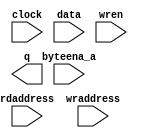
// megafunction wizard: %RAM: 2-PORT%VBB%
// GENERATION: STANDARD
// VERSION: WM1.0
// MODULE: altsyncram 

// ============================================================
// Megafunction Name(s):
// 			altsyncram
//
// Simulation Library Files(s):
// 			altera_mf
// ============================================================
// ************************************************************
// THIS IS A WIZARD-GENERATED FILE. DO NOT EDIT THIS FILE!
//
// 10.1 Build 153 11/29/2010 SJ Full Version
// ************************************************************

//Copyright (C) 1991-2010 Altera Corporation
//Your use of Altera Corporation's design tools, logic functions 
//and other software and tools, and its AMPP partner logic 
//functions, and any output files from any of the foregoing 
//(including device programming or simulation files), and any 
//associated documentation or information are expressly subject 
//to the terms and conditions of the Altera Program License 
//Subscription Agreement, Altera MegaCore Function License 
//Agreement, or other applicable license agreement, including, 
//without limitation, that your use is for the sole purpose of 
//programming logic devices manufactured by Altera and sold by 
//Altera or its authorized distributors.  Please refer to the 
//applicable agreement for further details.

module mem (
	byteena_a,
	clock,
	data,
	rdaddress,
	wraddress,
	wren,
	q);

	input	[3:0]  byteena_a;
	input	  clock;
	input	[35:0]  data;
	input	[9:0]  rdaddress;
	input	[9:0]  wraddress;
	input	  wren;
	output	[35:0]  q;
`ifndef ALTERA_RESERVED_QIS
// synopsys translate_off
`endif
	tri1	[3:0]  byteena_a;
	tri1	  clock;
	tri0	  wren;
`ifndef ALTERA_RESERVED_QIS
// synopsys translate_on
`endif

endmodule

// ============================================================
// CNX file retrieval info
// ============================================================
// Retrieval info: PRIVATE: ADDRESSSTALL_A NUMERIC "0"
// Retrieval info: PRIVATE: ADDRESSSTALL_B NUMERIC "0"
// Retrieval info: PRIVATE: BYTEENA_ACLR_A NUMERIC "0"
// Retrieval info: PRIVATE: BYTEENA_ACLR_B NUMERIC "0"
// Retrieval info: PRIVATE: BYTE_ENABLE_A NUMERIC "1"
// Retrieval info: PRIVATE: BYTE_ENABLE_B NUMERIC "0"
// Retrieval info: PRIVATE: BYTE_SIZE NUMERIC "9"
// Retrieval info: PRIVATE: BlankMemory NUMERIC "0"
// Retrieval info: PRIVATE: CLOCK_ENABLE_INPUT_A NUMERIC "0"
// Retrieval info: PRIVATE: CLOCK_ENABLE_INPUT_B NUMERIC "0"
// Retrieval info: PRIVATE: CLOCK_ENABLE_OUTPUT_A NUMERIC "0"
// Retrieval info: PRIVATE: CLOCK_ENABLE_OUTPUT_B NUMERIC "0"
// Retrieval info: PRIVATE: CLRdata NUMERIC "0"
// Retrieval info: PRIVATE: CLRq NUMERIC "0"
// Retrieval info: PRIVATE: CLRrdaddress NUMERIC "0"
// Retrieval info: PRIVATE: CLRrren NUMERIC "0"
// Retrieval info: PRIVATE: CLRwraddress NUMERIC "0"
// Retrieval info: PRIVATE: CLRwren NUMERIC "0"
// Retrieval info: PRIVATE: Clock NUMERIC "0"
// Retrieval info: PRIVATE: Clock_A NUMERIC "0"
// Retrieval info: PRIVATE: Clock_B NUMERIC "0"
// Retrieval info: PRIVATE: ECC NUMERIC "0"
// Retrieval info: PRIVATE: IMPLEMENT_IN_LES NUMERIC "0"
// Retrieval info: PRIVATE: INDATA_ACLR_B NUMERIC "0"
// Retrieval info: PRIVATE: INDATA_REG_B NUMERIC "0"
// Retrieval info: PRIVATE: INIT_FILE_LAYOUT STRING "PORT_B"
// Retrieval info: PRIVATE: INIT_TO_SIM_X NUMERIC "0"
// Retrieval info: PRIVATE: INTENDED_DEVICE_FAMILY STRING "Stratix IV"
// Retrieval info: PRIVATE: JTAG_ENABLED NUMERIC "0"
// Retrieval info: PRIVATE: JTAG_ID STRING "NONE"
// Retrieval info: PRIVATE: MAXIMUM_DEPTH NUMERIC "0"
// Retrieval info: PRIVATE: MEMSIZE NUMERIC "36864"
// Retrieval info: PRIVATE: MEM_IN_BITS NUMERIC "0"
// Retrieval info: PRIVATE: MIFfilename STRING "mem.mif"
// Retrieval info: PRIVATE: OPERATION_MODE NUMERIC "2"
// Retrieval info: PRIVATE: OUTDATA_ACLR_B NUMERIC "0"
// Retrieval info: PRIVATE: OUTDATA_REG_B NUMERIC "0"
// Retrieval info: PRIVATE: RAM_BLOCK_TYPE NUMERIC "2"
// Retrieval info: PRIVATE: READ_DURING_WRITE_MODE_MIXED_PORTS NUMERIC "2"
// Retrieval info: PRIVATE: READ_DURING_WRITE_MODE_PORT_A NUMERIC "1"
// Retrieval info: PRIVATE: READ_DURING_WRITE_MODE_PORT_B NUMERIC "3"
// Retrieval info: PRIVATE: REGdata NUMERIC "1"
// Retrieval info: PRIVATE: REGq NUMERIC "0"
// Retrieval info: PRIVATE: REGrdaddress NUMERIC "1"
// Retrieval info: PRIVATE: REGrren NUMERIC "1"
// Retrieval info: PRIVATE: REGwraddress NUMERIC "1"
// Retrieval info: PRIVATE: REGwren NUMERIC "1"
// Retrieval info: PRIVATE: SYNTH_WRAPPER_GEN_POSTFIX STRING "0"
// Retrieval info: PRIVATE: USE_DIFF_CLKEN NUMERIC "0"
// Retrieval info: PRIVATE: UseDPRAM NUMERIC "1"
// Retrieval info: PRIVATE: VarWidth NUMERIC "0"
// Retrieval info: PRIVATE: WIDTH_READ_A NUMERIC "36"
// Retrieval info: PRIVATE: WIDTH_READ_B NUMERIC "36"
// Retrieval info: PRIVATE: WIDTH_WRITE_A NUMERIC "36"
// Retrieval info: PRIVATE: WIDTH_WRITE_B NUMERIC "36"
// Retrieval info: PRIVATE: WRADDR_ACLR_B NUMERIC "0"
// Retrieval info: PRIVATE: WRADDR_REG_B NUMERIC "0"
// Retrieval info: PRIVATE: WRCTRL_ACLR_B NUMERIC "0"
// Retrieval info: PRIVATE: enable NUMERIC "0"
// Retrieval info: PRIVATE: rden NUMERIC "0"
// Retrieval info: LIBRARY: altera_mf altera_mf.altera_mf_components.all
// Retrieval info: CONSTANT: ADDRESS_ACLR_B STRING "NONE"
// Retrieval info: CONSTANT: ADDRESS_REG_B STRING "CLOCK0"
// Retrieval info: CONSTANT: BYTE_SIZE NUMERIC "9"
// Retrieval info: CONSTANT: CLOCK_ENABLE_INPUT_A STRING "BYPASS"
// Retrieval info: CONSTANT: CLOCK_ENABLE_INPUT_B STRING "BYPASS"
// Retrieval info: CONSTANT: CLOCK_ENABLE_OUTPUT_B STRING "BYPASS"
// Retrieval info: CONSTANT: INIT_FILE STRING "mem.mif"
// Retrieval info: CONSTANT: INTENDED_DEVICE_FAMILY STRING "Stratix IV"
// Retrieval info: CONSTANT: LPM_TYPE STRING "altsyncram"
// Retrieval info: CONSTANT: NUMWORDS_A NUMERIC "1024"
// Retrieval info: CONSTANT: NUMWORDS_B NUMERIC "1024"
// Retrieval info: CONSTANT: OPERATION_MODE STRING "DUAL_PORT"
// Retrieval info: CONSTANT: OUTDATA_ACLR_B STRING "NONE"
// Retrieval info: CONSTANT: OUTDATA_REG_B STRING "UNREGISTERED"
// Retrieval info: CONSTANT: POWER_UP_UNINITIALIZED STRING "FALSE"
// Retrieval info: CONSTANT: RAM_BLOCK_TYPE STRING "M9K"
// Retrieval info: CONSTANT: READ_DURING_WRITE_MODE_MIXED_PORTS STRING "DONT_CARE"
// Retrieval info: CONSTANT: WIDTHAD_A NUMERIC "10"
// Retrieval info: CONSTANT: WIDTHAD_B NUMERIC "10"
// Retrieval info: CONSTANT: WIDTH_A NUMERIC "36"
// Retrieval info: CONSTANT: WIDTH_B NUMERIC "36"
// Retrieval info: CONSTANT: WIDTH_BYTEENA_A NUMERIC "4"
// Retrieval info: USED_PORT: byteena_a 0 0 4 0 INPUT VCC "byteena_a[3..0]"
// Retrieval info: USED_PORT: clock 0 0 0 0 INPUT VCC "clock"
// Retrieval info: USED_PORT: data 0 0 36 0 INPUT NODEFVAL "data[35..0]"
// Retrieval info: USED_PORT: q 0 0 36 0 OUTPUT NODEFVAL "q[35..0]"
// Retrieval info: USED_PORT: rdaddress 0 0 10 0 INPUT NODEFVAL "rdaddress[9..0]"
// Retrieval info: USED_PORT: wraddress 0 0 10 0 INPUT NODEFVAL "wraddress[9..0]"
// Retrieval info: USED_PORT: wren 0 0 0 0 INPUT GND "wren"
// Retrieval info: CONNECT: @address_a 0 0 10 0 wraddress 0 0 10 0
// Retrieval info: CONNECT: @address_b 0 0 10 0 rdaddress 0 0 10 0
// Retrieval info: CONNECT: @byteena_a 0 0 4 0 byteena_a 0 0 4 0
// Retrieval info: CONNECT: @clock0 0 0 0 0 clock 0 0 0 0
// Retrieval info: CONNECT: @data_a 0 0 36 0 data 0 0 36 0
// Retrieval info: CONNECT: @wren_a 0 0 0 0 wren 0 0 0 0
// Retrieval info: CONNECT: q 0 0 36 0 @q_b 0 0 36 0
// Retrieval info: GEN_FILE: TYPE_NORMAL mem.v TRUE
// Retrieval info: GEN_FILE: TYPE_NORMAL mem.inc FALSE
// Retrieval info: GEN_FILE: TYPE_NORMAL mem.cmp FALSE
// Retrieval info: GEN_FILE: TYPE_NORMAL mem.bsf FALSE
// Retrieval info: GEN_FILE: TYPE_NORMAL mem_inst.v FALSE
// Retrieval info: GEN_FILE: TYPE_NORMAL mem_bb.v TRUE
// Retrieval info: LIB_FILE: altera_mf